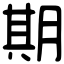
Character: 期